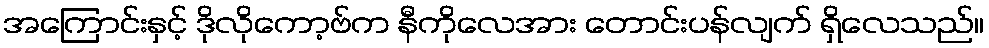
အကြောင်းနှင့် ဒိုလိုကော့ဗ်က နီကိုလေအား တောင်းပန်လျက် ရှိလေသည်။